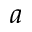
a